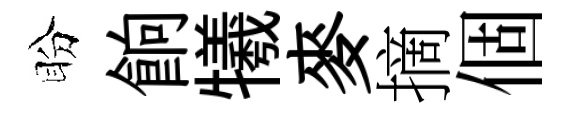
盼餉犧麥摘個